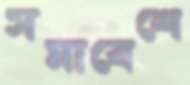
সমাবেশে